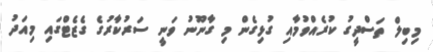
މިބިލް ތަސްދީގު ކުރެއްވުމާއި ގުޅިގެން މި ގާނޫނު ވަނީ ސަރުކާރުގެ ގެޒެޓްގައި މިއަދު